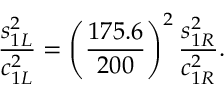
{ \frac { s _ { 1 L } ^ { 2 } } { c _ { 1 L } ^ { 2 } } } = \left( { \frac { 1 7 5 . 6 } { 2 0 0 } } \right) ^ { 2 } { \frac { s _ { 1 R } ^ { 2 } } { c _ { 1 R } ^ { 2 } } } .